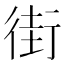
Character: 街